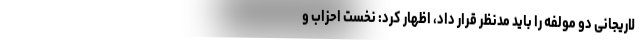
لاریجانی دو مولفه را باید مدنظر قرار داد، اظهار کرد: نخست احزاب و